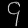
Digit: ၄